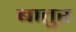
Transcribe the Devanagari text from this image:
बातुर